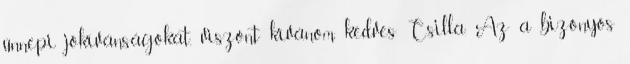
ünnepi jókívánságokat, viszont kívánom, kedves Csilla. Az a bizonyos